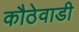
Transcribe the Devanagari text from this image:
कौठेवाडी